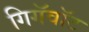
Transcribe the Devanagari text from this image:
गिगॅवॉट